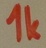
Text: 1k